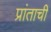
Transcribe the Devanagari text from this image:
प्रांताचीं